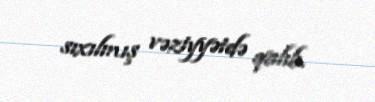
sıxılmış vəziyyətdə qalıb.